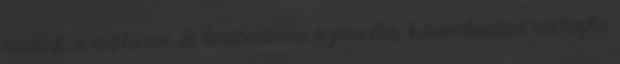
Királyt, a nyíláson át letaszította a pincébe, káromkodva rácsapta